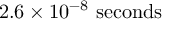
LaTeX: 2 . 6 \times 1 0 ^ { - 8 } \ \mathrm { s e c o n d s }